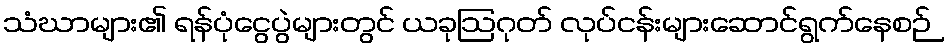
သံဃာများ၏ ရန်ပုံငွေပွဲများတွင် ယခုဩဂုတ် လုပ်ငန်းများဆောင်ရွက်နေစဉ်